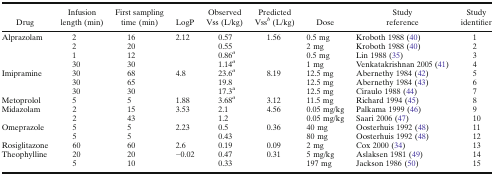
| Drug | Infusion length (min) | First sampling time (min) | LogP | Observed Vss (L/kg) | Predicted Vssb (L/kg) | Dose | Study reference | Study identifier |
 | --- | --- | --- | --- | --- | --- | --- | --- | --- |
 | <ROWSPAN=4> Alprazolam | 2 | 16 | <ROWSPAN=4> 2.12 | 0.57 | <ROWSPAN=4> 1.56 | 0.5 mg | Kroboth 1988 (40) | 1 |
 | 2 | 20 | 0.55 | 2 mg | Kroboth 1988 (40) | 2 |
 | 1 | 12 | 0.86a | 0.5 mg | Lin 1988 (35) | 3 |
 | 30 | 30 | 1.14a | 1 mg | Venkatakrishnan 2005 (41) | 4 |
 | <ROWSPAN=3> Imipramine | 30 | 68 | <ROWSPAN=3> 4.8 | 23.6a | <ROWSPAN=3> 8.19 | 12.5 mg | Abernethy 1984 (42) | 5 |
 | 30 | 65 | 19.8 | 12.5 mg | Abernethy 1984 (43) | 6 |
 | 30 | 30 | 17.3a | 12.5 mg | Ciraulo 1988 (44) | 7 |
 | Metoprolol | 5 | 5 | 1.88 | 3.68a | 3.12 | 11.5 mg | Richard 1994 (45) | 8 |
 | <ROWSPAN=2> Midazolam | 2 | 15 | <ROWSPAN=2> 3.53 | 2.1 | <ROWSPAN=2> 4.56 | 0.05 mg/kg | Palkama 1999 (46) | 9 |
 | 2 | 43 | 1.2 | 0.05 mg/kg | Saari 2006 (47) | 10 |
 | <ROWSPAN=2> Omeprazole | 5 | 5 | <ROWSPAN=2> 2.23 | 0.5 | <ROWSPAN=2> 0.36 | 40 mg | Oosterhuis 1992 (48) | 11 |
 | 5 | 5 | 0.43 | 80 mg | Oosterhuis 1992 (48) | 12 |
 | Rosiglitazone | 60 | 60 | 2.6 | 0.19 | 0.09 | 2 mg | Cox 2000 (34) | 13 |
 | <ROWSPAN=2> Theophylline | 20 | 20 | <ROWSPAN=2> −0.02 | 0.47 | <ROWSPAN=2> 0.31 | 5 mg/kg | Aslaksen 1981 (49) | 14 |
 | 5 | 10 | 0.33 | 197 mg | Jackson 1986 (50) | 15 |